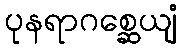
ပုနရာဂစ္ဆေယျံ